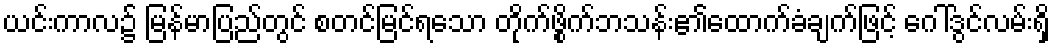
ယင်းကာလ၌ မြန်မာပြည်တွင် စတင်မြင်ရသော တိုက်ဖွိုက်ဘသန်း၏ထောက်ခံချက်ဖြင့် ဂေါ်ဒွင်လမ်းရှိ